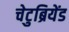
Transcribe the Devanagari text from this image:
चेटुब्रियेंड